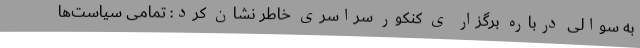
به سوالی درباره برگزار ی کنکور سراسری خاطر نشان کرد: تمامی سیاست‌ها